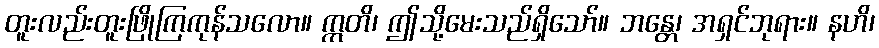
တူးလည်းတူးဖြိုကြကုန်သလော။ ဣတိ၊ ဤသို့မေးသည်ရှိသော်။ ဘန္တေ၊ အရှင်ဘုရား။ နဟိ၊